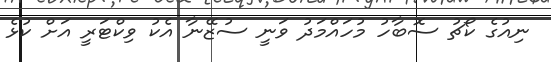
ނިއުގެ ކޯޗު ސޮބާހު މުހައްމަދު ވަނީ ސުޒޭނާ އެކު ވިކްޓަރީ އަށް ކުޅެ